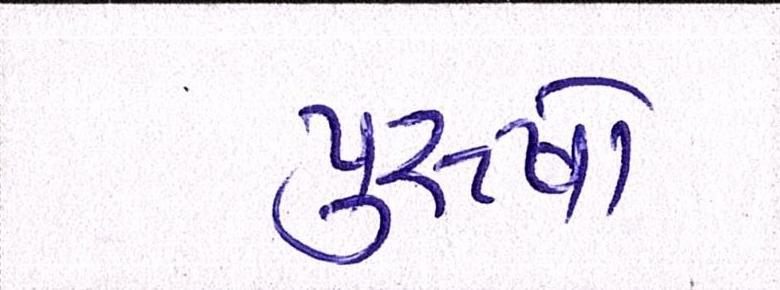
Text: પુરૂષો